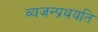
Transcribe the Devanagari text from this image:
व्यजन्प्रथयति